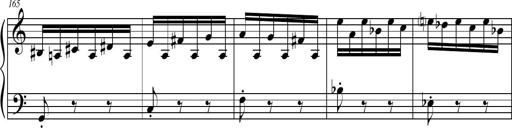
Title: Petite Sonatine
Composer: Richard St. Clair